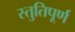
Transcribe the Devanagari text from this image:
स्तुतिपूर्ण